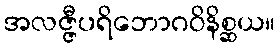
အလဇ္ဇီပရိဘောဂဝိနိစ္ဆယ။